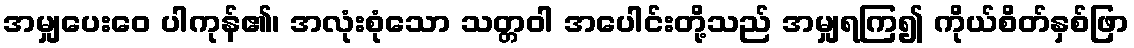
အမျှပေးဝေ ပါကုန်၏၊ အလုံးစုံသော သတ္တဝါ အပေါင်းတို့သည် အမျှရကြ၍ ကိုယ်စိတ်နှစ်ဖြာ